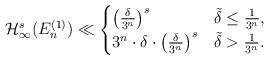
LaTeX: \begin{align*}\mathcal{H}^s_{\infty}(E_n^{(1)})\ll\begin{cases}\left(\frac{\delta}{3^n}\right)^s& \tilde{\delta}\leq \frac{1}{3^n},\\3^n\cdot \delta\cdot \left(\frac{\delta}{3^n}\right)^s & \tilde{\delta}> \frac{1}{3^n}.\end{cases}\end{align*}